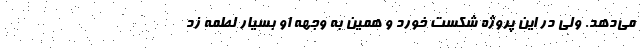
می‌دهد. ولی در این پروژه شکست خورد و همین به وجهه او بسیار لطمه زد